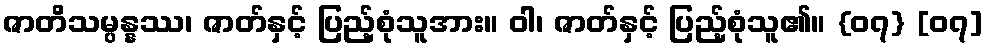
ဇာတိသမ္ပန္နဿ၊ ဇာတ်နှင့် ပြည့်စုံသူအား။ ဝါ၊ ဇာတ်နှင့် ပြည့်စုံသူ၏။ {၀၇} [၀၇]